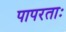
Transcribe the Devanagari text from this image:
पापरताः